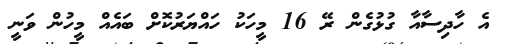
އެ ހާދިސާއާ ގުޅުގެން ރޭ 16 މީހަކު ހައްޔަރުކޮށް ބައެއް މީހުން ވަނީ